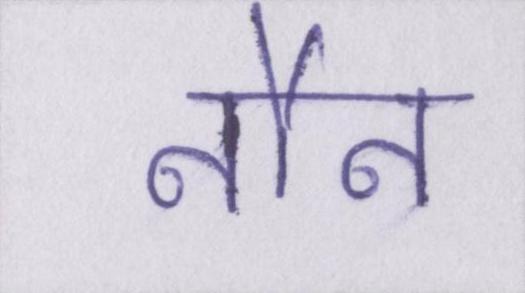
नौन